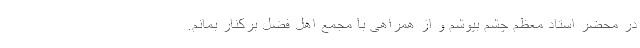
در محضر استاد معظم چشم بپوشم و از همراهی با مجمع اهل فضل برکنار بمانم.